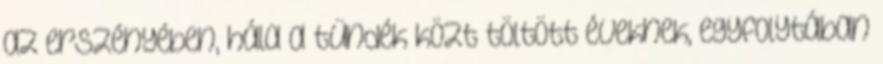
az erszényében, hála a tündék közt töltött éveknek, egyfolytában